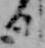
日